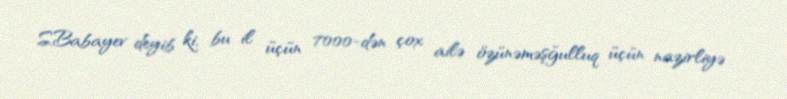
S.Babayev deyib ki, bu il üçün 7000-dən çox ailə özünəməşğulluq üçün nazirliyə